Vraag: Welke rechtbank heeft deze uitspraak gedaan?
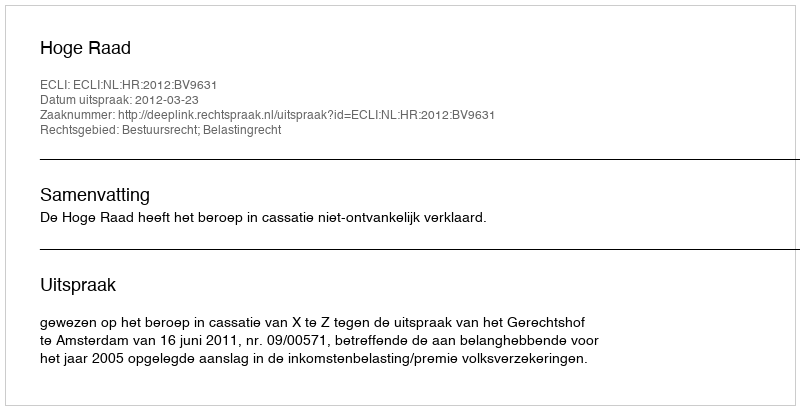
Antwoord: Hoge Raad